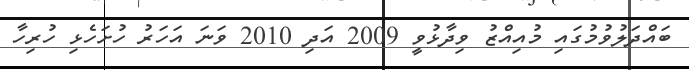
ބައްދަލުވުމުގައި މުއިއްޒު ވިދާޅުވީ 2009 އަދި 2010 ވަނަ އަހަރު ހުށަހެޅި ހުރިހާ